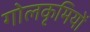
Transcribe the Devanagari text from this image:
गोलकृमियों